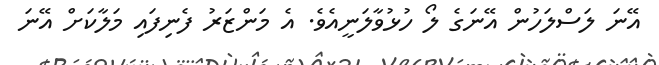
އޭނަ ލަސްލަހުން އޭނަގެ ލޯ ހުޅުވާލަނީއެވެ. އެ މަންޒަރު ފެނިފައި މަލާކަށް އޭނަ